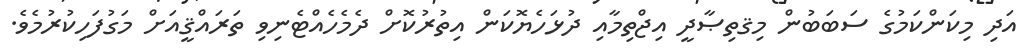
އަދި މިކަންކަމުގެ ސަބަބުން މިޤތިޞާދީ އިޖްތިމާއި ދުޅަހެޔޮކަން އިތުރުކޮށް ދެމެހެއްޓެނިވި ތަރައްޤީއަށް މަގުފަހިކުރުމެވެ.